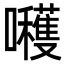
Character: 𭌶